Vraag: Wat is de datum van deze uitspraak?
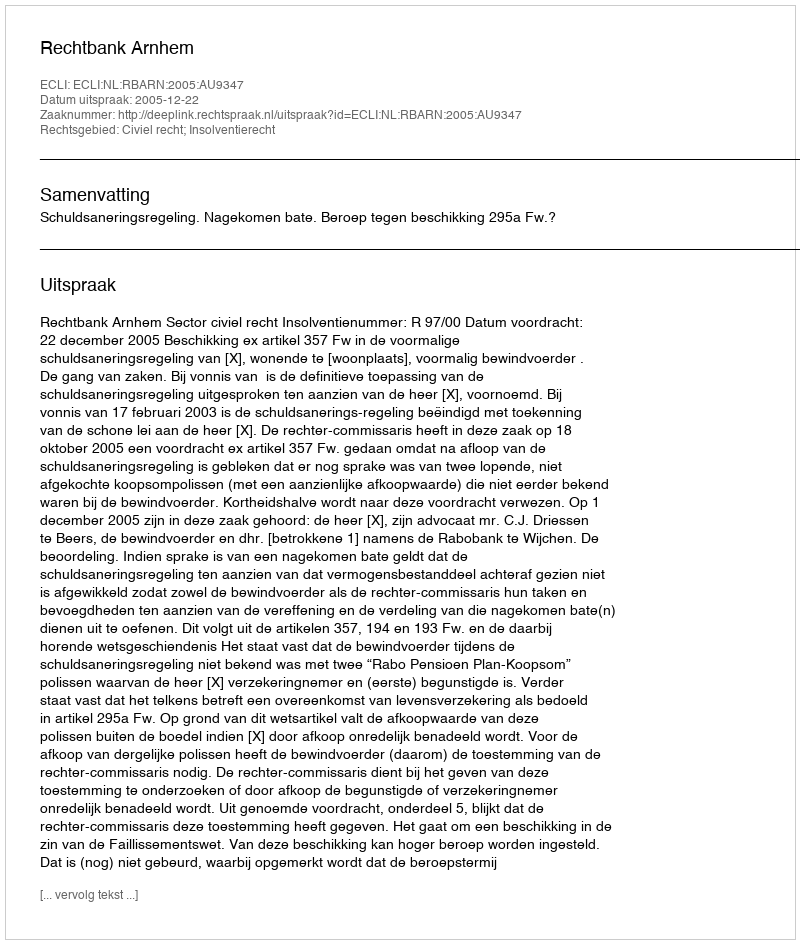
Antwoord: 2005-12-22